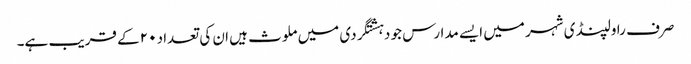
صرف راولپنڈی شہر میں ایسے مدارس جو دہشتگردی میں ملوث ہیں ان کی تعداد ۲۰ کے قریب ہے۔